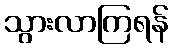
သွားလာကြရန်